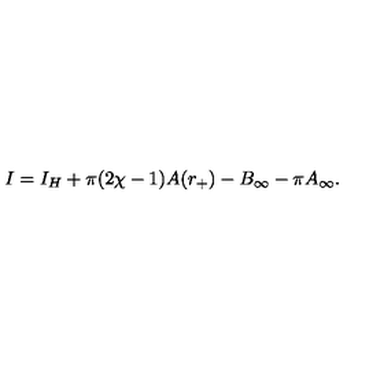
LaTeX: I = I _ { H } + \pi ( 2 \chi - 1 ) A ( r _ { + } ) - B _ { \infty } - \pi A _ { \infty } .